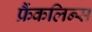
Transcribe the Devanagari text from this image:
फ्रैंकलिन्स